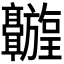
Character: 𬴦